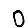
Digit: 0